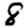
Digit: 8